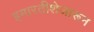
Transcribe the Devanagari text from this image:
इमारतीशेजारून